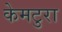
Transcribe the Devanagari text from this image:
केमटुरा